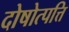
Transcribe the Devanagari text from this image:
दोषोत्पत्ति